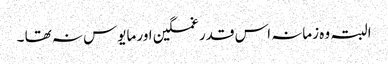
البتہ وہ زمانہ اس قدر غمگین اور مایوس نہ تھا ۔